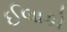
ઈલાકો